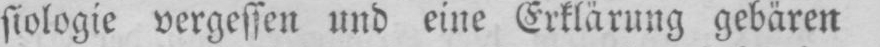
siologie vergessen und eine Erklärung gebären